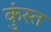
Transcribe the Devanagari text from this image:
कुंस्त